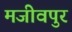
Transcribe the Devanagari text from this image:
मजीवपुर